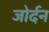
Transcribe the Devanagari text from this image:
जोर्दन